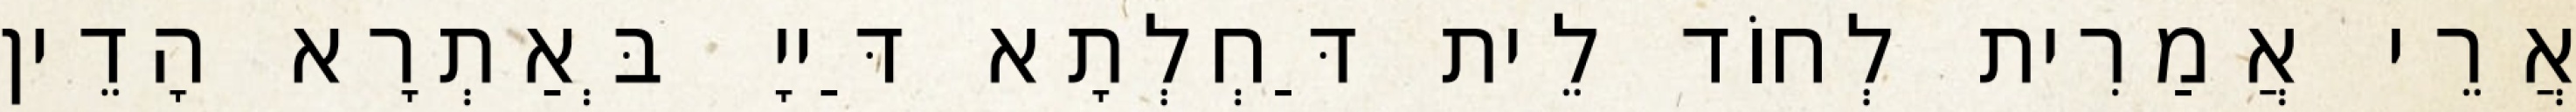
אֲרֵי אֲמַרִית לְחוֹד לֵית דַּחְלְתָא דַּייָ בְּאַתְרָא הָדֵין